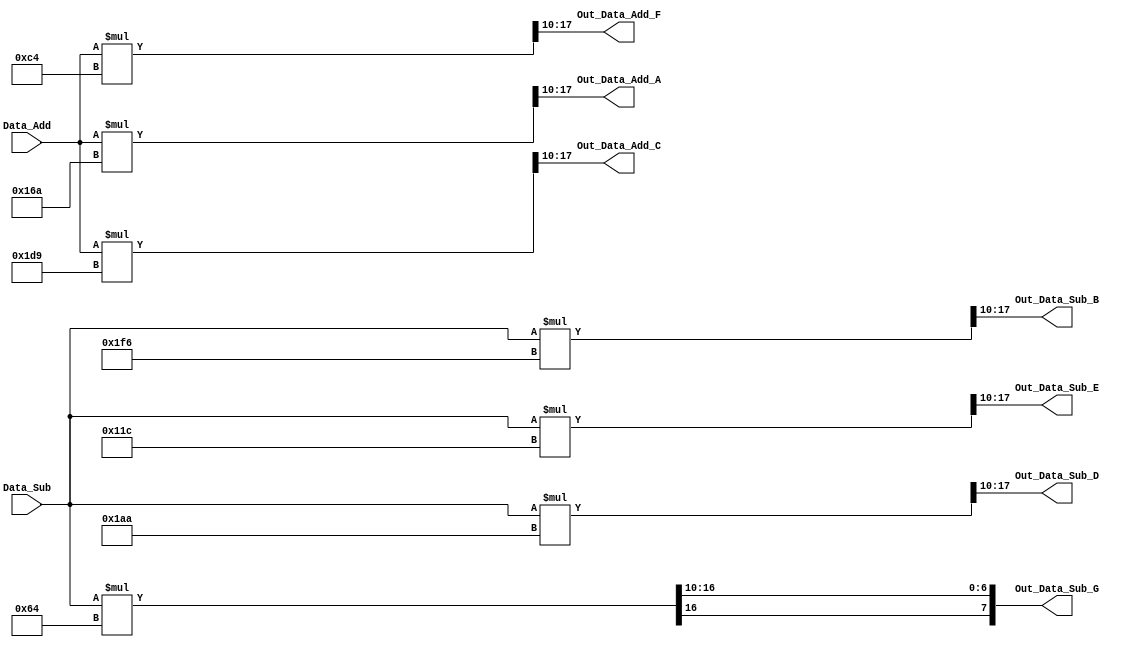
module Multiplier(
Data_Add,
Data_Sub,
Out_Data_Add_A,
Out_Data_Add_C,
Out_Data_Add_F,
Out_Data_Sub_B,
Out_Data_Sub_D,
Out_Data_Sub_E,
Out_Data_Sub_G
);

//Data bit width parameter
parameter WIDTH = 8;

parameter A = 362;	//0.35356 X 1024
parameter B = 502;	//0.49039 X 1024
parameter C = 473;	//0.46194 X 1024
parameter D = 426;	//0.41573 X 1024
parameter E = 284;	//0.27779 X 1024
parameter F = 196;	//0.19134 X 1024
parameter G = 100;	//0.09755 X 1024

input signed [WIDTH:0] Data_Add;
input signed [WIDTH:0] Data_Sub;

output signed [WIDTH-1:0] Out_Data_Add_A;
output signed [WIDTH-1:0] Out_Data_Add_C;
output signed [WIDTH-1:0] Out_Data_Add_F;
output signed [WIDTH-1:0] Out_Data_Sub_B;
output signed [WIDTH-1:0] Out_Data_Sub_D;
output signed [WIDTH-1:0] Out_Data_Sub_E;
output signed [WIDTH-1:0] Out_Data_Sub_G;

reg signed [WIDTH+9:0] Mult_Add_A;
reg signed [WIDTH+9:0] Mult_Add_C;
reg signed [WIDTH+9:0] Mult_Add_F;
reg signed [WIDTH+9:0] Mult_Sub_B;
reg signed [WIDTH+9:0] Mult_Sub_D;
reg signed [WIDTH+9:0] Mult_Sub_E;
reg signed [WIDTH+9:0] Mult_Sub_G;

reg signed [WIDTH-1:0] Out_Data_Add_A;
reg signed [WIDTH-1:0] Out_Data_Add_C;
reg signed [WIDTH-1:0] Out_Data_Add_F;
reg signed [WIDTH-1:0] Out_Data_Sub_B;
reg signed [WIDTH-1:0] Out_Data_Sub_D;
reg signed [WIDTH-1:0] Out_Data_Sub_E;
reg signed [WIDTH-1:0] Out_Data_Sub_G;

always@( * )
begin
	Mult_Add_A = Data_Add * A;
	Mult_Add_C = Data_Add * C;
	Mult_Add_F = Data_Add * F;
	Mult_Sub_B = Data_Sub * B;
	Mult_Sub_D = Data_Sub * D;
	Mult_Sub_E = Data_Sub * E;
	Mult_Sub_G = Data_Sub * G;
end

always@( * )
begin
	Out_Data_Add_A = Mult_Add_A[WIDTH+9:10];
	Out_Data_Add_C = Mult_Add_C[WIDTH+9:10];
	Out_Data_Add_F = Mult_Add_F[WIDTH+9:10];
	Out_Data_Sub_B = Mult_Sub_B[WIDTH+9:10];
	Out_Data_Sub_D = Mult_Sub_D[WIDTH+9:10];
	Out_Data_Sub_E = Mult_Sub_E[WIDTH+9:10];
	Out_Data_Sub_G = Mult_Sub_G[WIDTH+9:10];
end

endmodule